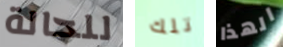
للحالة تلك الهذا